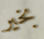
بخير